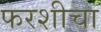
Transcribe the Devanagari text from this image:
फरशीचा